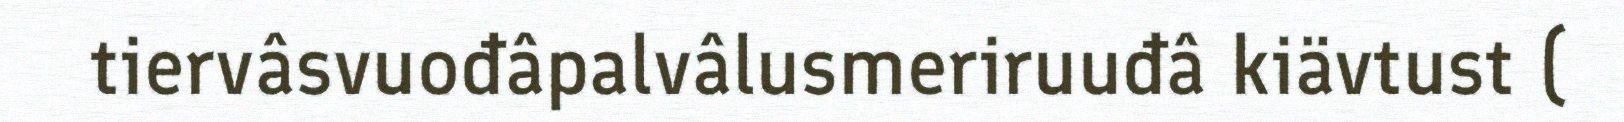
tiervâsvuođâpalvâlusmeriruuđâ kiävtust (